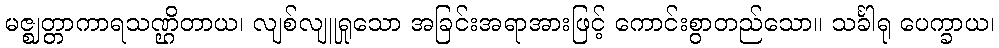
မဇ္ဈတ္တာကာရသဏ္ဌိတာယ၊ လျစ်လျူရှုသော အခြင်းအရာအားဖြင့် ကောင်းစွာတည်သော။ သင်္ခါရု ပေက္ခာယ၊